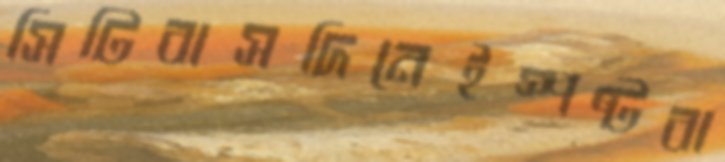
সিটিবাসদিনেইস্পষ্টবা